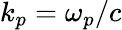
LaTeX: k_{p}=\omega_{p}/c